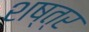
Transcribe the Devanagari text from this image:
शष्त्र